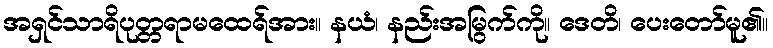
အရှင်သာရိပုတ္တရာမထေရ်အား။ နယံ၊ နည်းအမြွက်ကို။ ဒေတိ၊ ပေးတော်မူ၏။